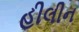
હીલીન